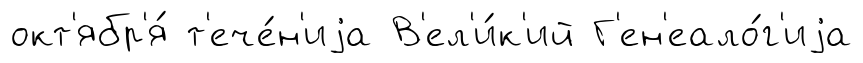
окт'ябр'я́ т'ече́н'иjа В'ел'и́к'ий Г'ен'еало́г'иjа